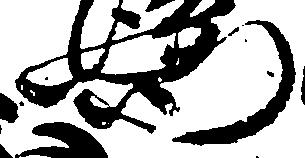
門